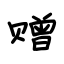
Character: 赠